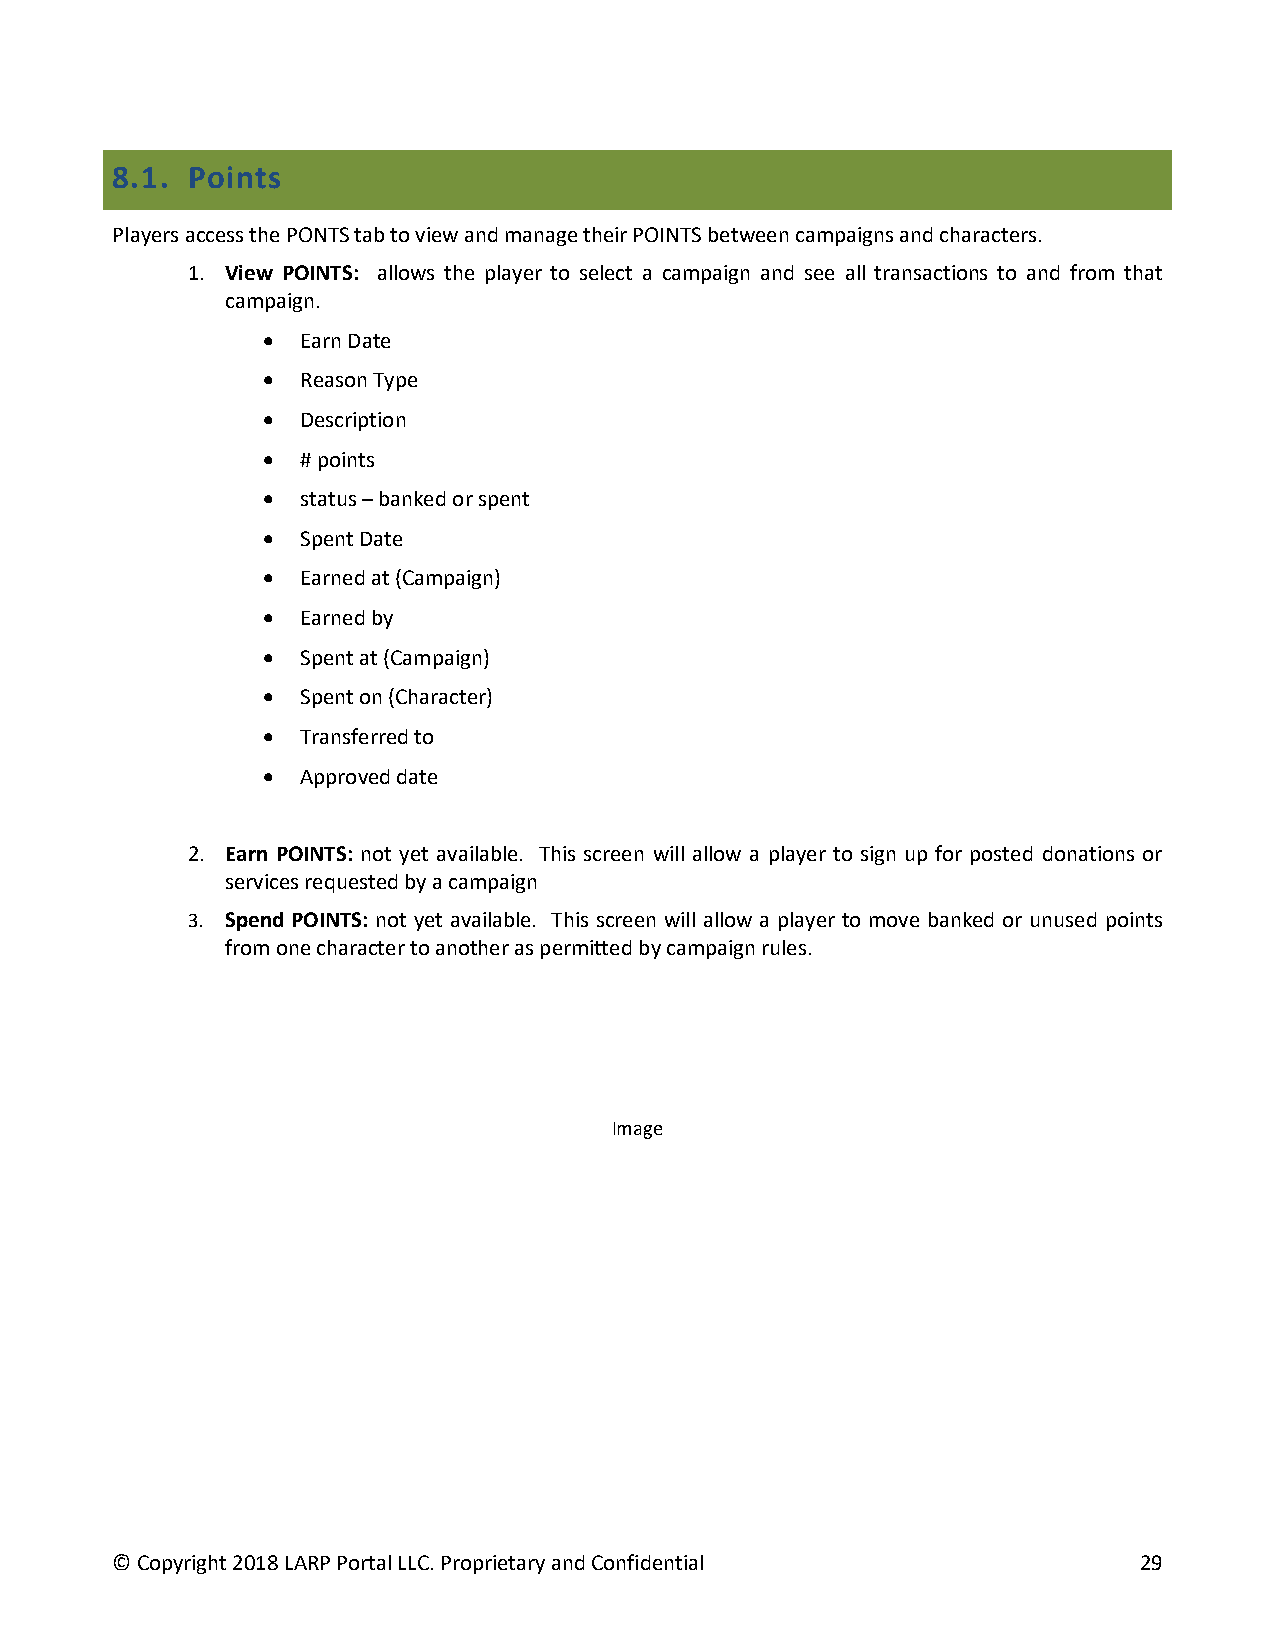
8.1. Points
 Players access the PONTS tab to view and manage their POINTS between campaigns and characters.
 1. View POINTS: allows the player to select a campaign and see all transactions to and from that
 campaign.
 •  Earn Date
 •  Reason Type
 •  Description
 •  # points
 •  status – banked or spent
 •  Spent Date
 •  Earned at (Campaign)
 •  Earned by
 •  Spent at (Campaign)
 •  Spent on (Character)
 •  Transferred to
 •  Approved date
 2. Earn POINTS: not yet available. This screen will allow a player to sign up for posted donations or
 services requested by a campaign
 3. Spend POINTS: not yet available. This screen will allow a player to move banked or unused points
 from one character to another as permitted by campaign rules.
 Image
 © Copyright 2018 LARP Portal LLC. Proprietary and Confidential      29